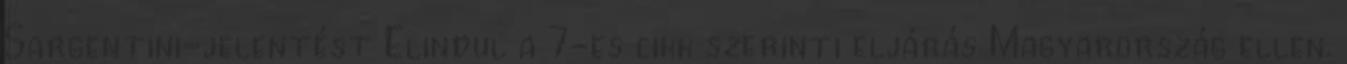
Sargentini-jelentést Elindul a 7-es cikk szerinti eljárás Magyarország ellen.